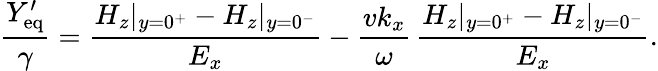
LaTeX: \frac{Y_{\mathrm{eq}}^{\prime}}{\gamma}=\frac{H_{z}|_{y=0^{+}}-H_{z}|_{y=0^{-}}}{E_{x}}-\frac{vk_{x}}{\omega}\, \frac{H_{z}|_{y=0^{+}}-H_{z}|_{y=0^{-}}}{E_{x}}.